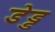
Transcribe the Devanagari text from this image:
डेड्ड